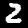
Label: 2